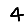
Digit: 4